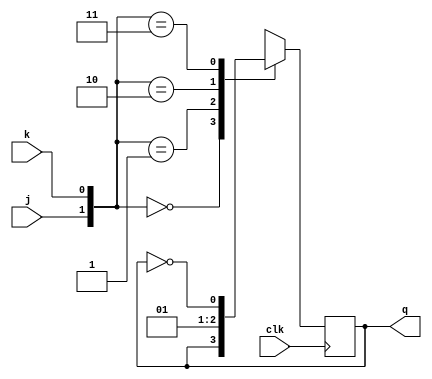
module jk_ff(input j, input k, input clk, output q);
	reg q;
	always@(posedge clk)
		case({j,k})
			2'b00 :  q <= q;  
			2'b01 :  q <= 0;  
			2'b10 :  q <= 1;  
			2'b11 :  q <= ~q;  
        endcase  
endmodule